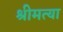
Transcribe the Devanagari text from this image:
श्रीमत्या